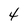
Character: 4